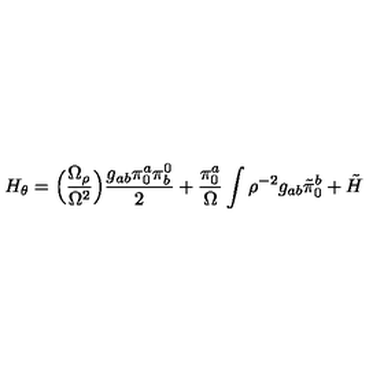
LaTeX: H _ { \theta } = \Bigl ( { \frac { \Omega _ { \rho } } { \Omega ^ { 2 } } } \Bigr ) { \frac { g _ { a b } \pi _ { 0 } ^ { a } \pi _ { b } ^ { 0 } } { 2 } } + { \frac { \pi _ { 0 } ^ { a } } { \Omega } } \int \rho ^ { - 2 } g _ { a b } \tilde { \pi } _ { 0 } ^ { b } + \tilde { H }